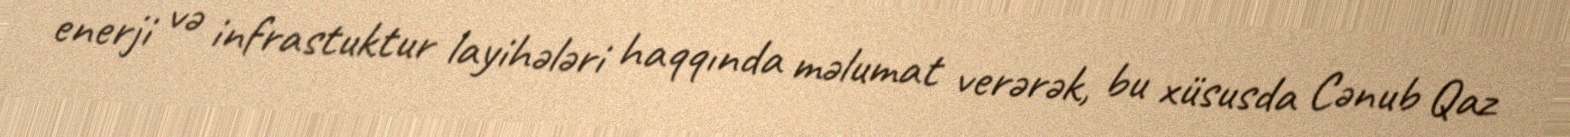
enerji və infrastuktur layihələri haqqında məlumat verərək, bu xüsusda Cənub Qaz